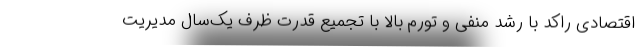
اقتصادی راکد با رشد منفی و تورّم بالا با تجمیع قدرت ظرف یک‌سال مدیریت